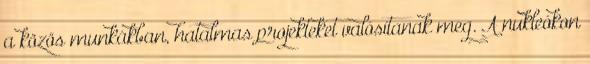
a közös munkákban, hatalmas projekteket valósítanak meg. A nukleókon